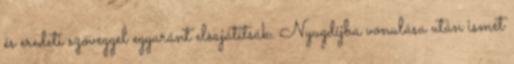
és eredeti szöveggel egyaránt elsajátítsák. Nyugdíjba vonulása után ismét